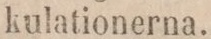
kulationerna.